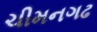
ચીમનગઢ